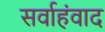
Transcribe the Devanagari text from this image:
सर्वाहंवाद